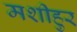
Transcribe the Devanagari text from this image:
मशीहुर